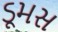
ડૂમસ